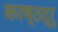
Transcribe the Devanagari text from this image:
काष्ठद्रु